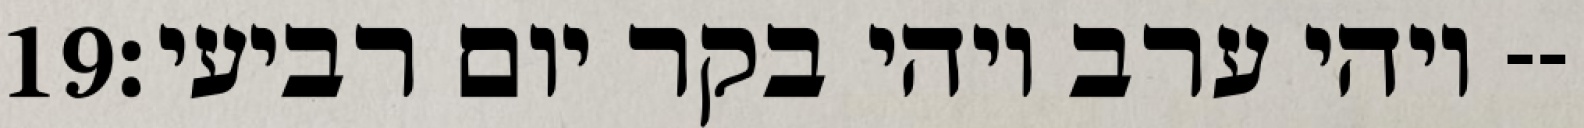
‎19‏ ויהי ערב ויהי בקר יום רביעי׃--